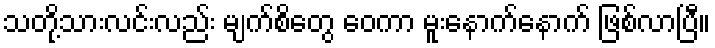
သတို့သားလင်းလည်း မျက်စိတွေ ဝေကာ မူးနောက်နောက် ဖြစ်လာပြီ။